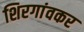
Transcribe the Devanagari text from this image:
शिरगांवकर